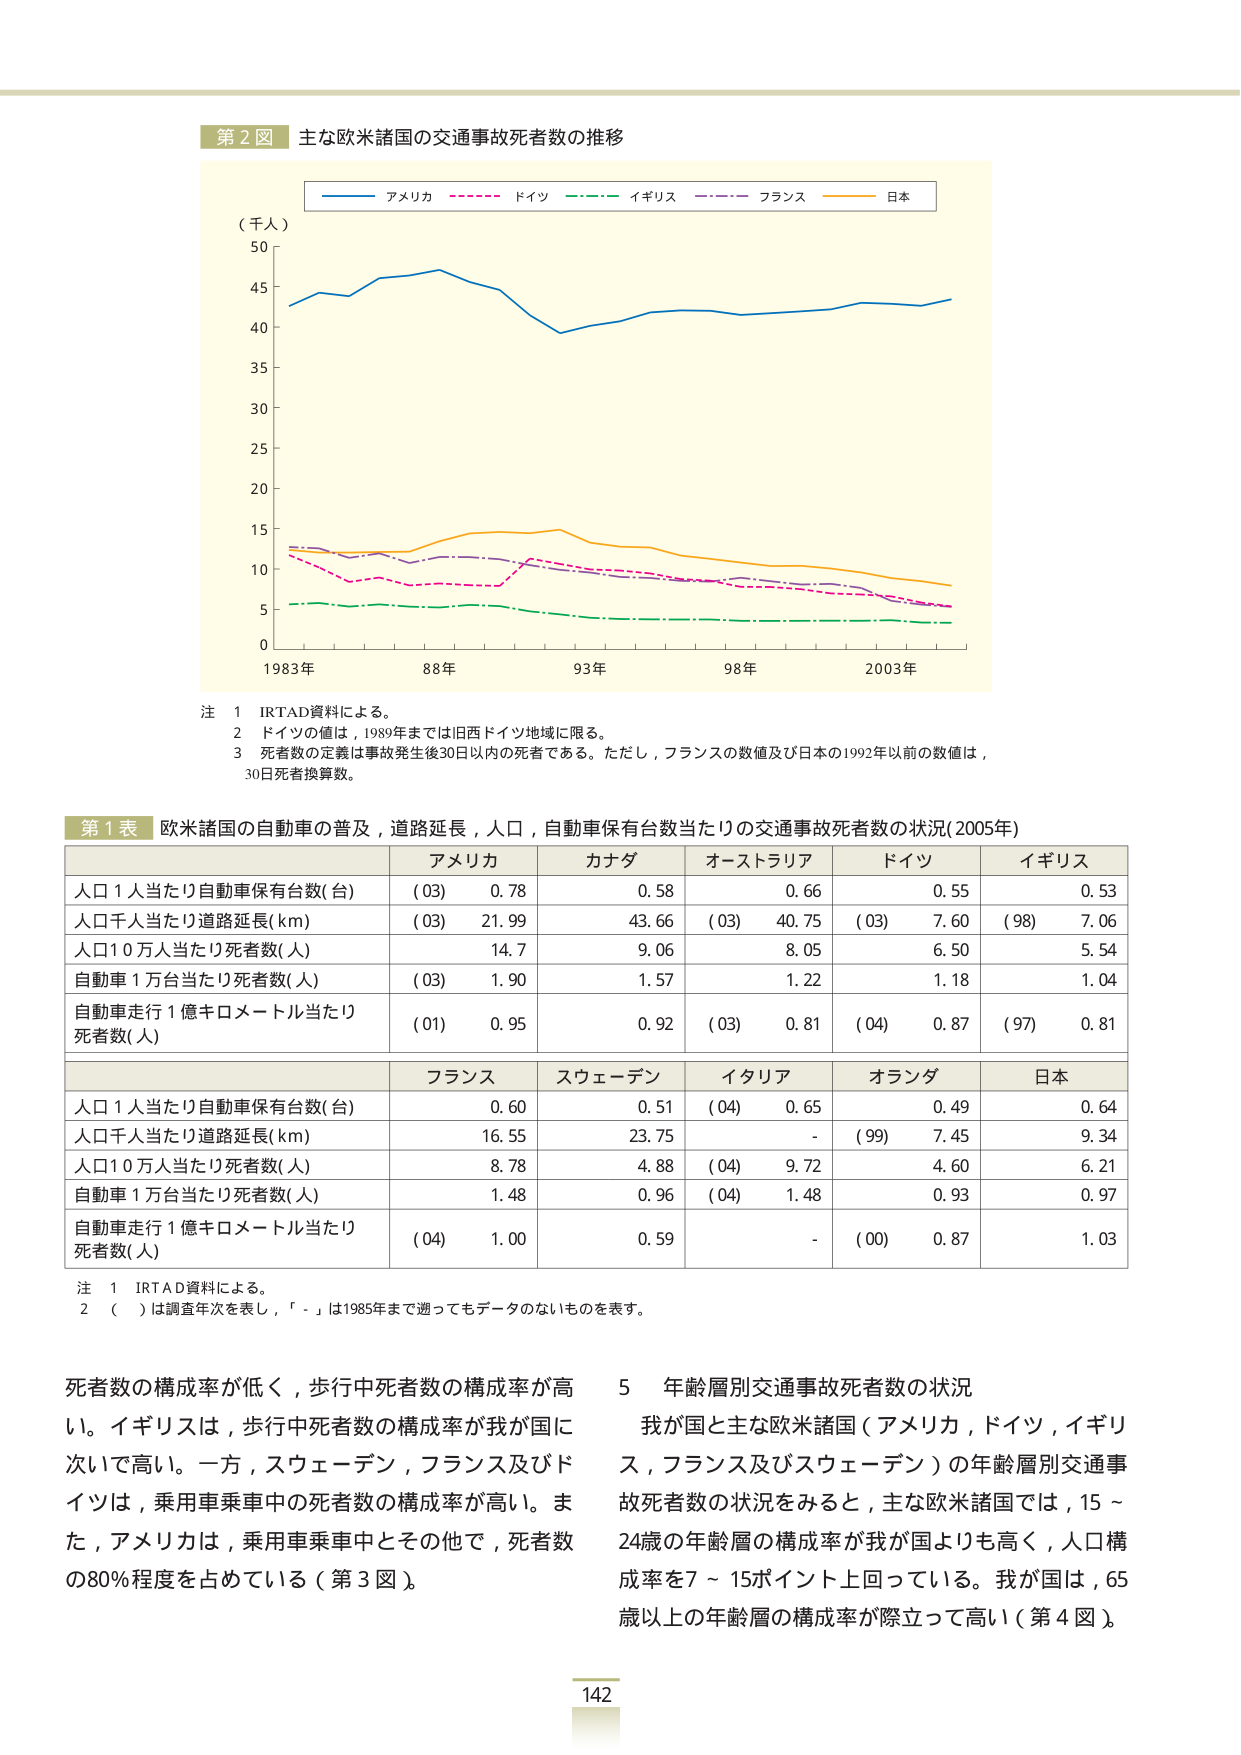
第２図 主な欧米諸国の交通事故死者数の推移

（千人）
50
45
40
35
30
25
20
15
10
5
0

1983年 88年 93年 98年 2003年

アメリカ ドイツ イギリス フランス 日本

注 1 IRTAD資料による。
2 ドイツの値は，1989年までは旧西ドイツ地域に限る。
3 死者数の定義は事故発生後30日以内の死者である。ただし，フランスの数値及び日本の1992年以前の数値は，30日死者換算数。

第１表 欧米諸国の自動車の普及，道路延長，人口，自動車保有台数当たりの交通事故死者数の状況（2005年）

アメリカ カナダ オーストラリア ドイツ イギリス
人口1人当たり自動車保有台数（台） （03） 0.78 0.58 0.66 0.55 0.53
人口千人当たり道路延長（km） （03） 21.99 43.66 （03） 40.75 （03） 7.60 （98） 7.06
人口10万人当たり死者数（人） 14.7 9.06 8.05 6.50 5.54
自動車1万台当たり死者数（人） （03） 1.90 1.57 1.22 1.18 1.04
自動車走行1億キロメートル当たり死者数（人） （01） 0.95 0.92 （03） 0.81 （04） 0.87 （97） 0.81

フランス スウェーデン イタリア オランダ 日本
人口1人当たり自動車保有台数（台） 0.60 0.51 （04） 0.65 0.49 0.64
人口千人当たり道路延長（km） 16.55 23.75 - （99） 7.45 9.34
人口10万人当たり死者数（人） 8.78 4.88 （04） 9.72 4.60 6.21
自動車1万台当たり死者数（人） 1.48 0.96 （04） 1.48 0.93 0.97
自動車走行1億キロメートル当たり死者数（人） （04） 1.00 0.59 - （00） 0.87 1.03

注 1 IRTAD資料による。
2 （ ）は調査年次を表し，「 - 」は1985年まで遡ってもデータのないものを表す。

死者数の構成率が低く，歩行中死者数の構成率が高い。イギリスは，歩行中死者数の構成率が我が国に次いで高い。一方，スウェーデン，フランス及びドイツは，乗用車乗車中の死者数の構成率が高い。また，アメリカは，乗用車乗車中とその他で，死者数の80％程度を占めている（第3図）。

5 年齢層別交通事故死者数の状況
我が国と主な欧米諸国（アメリカ，ドイツ，イギリス，フランス及びスウェーデン）の年齢層別交通事故死者数の状況をみると，主な欧米諸国では，15～24歳の年齢層の構成率が我が国よりも高く，人口構成率を7～15ポイント上回っている。我が国は，65歳以上の年齢層の構成率が際立って高い（第4図）。

142